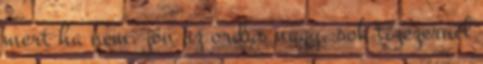
mert ha nem, jön az ordas nagy, sok tízezernél